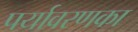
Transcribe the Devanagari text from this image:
पर्यावरणका